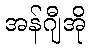
အန်ဂျီအို